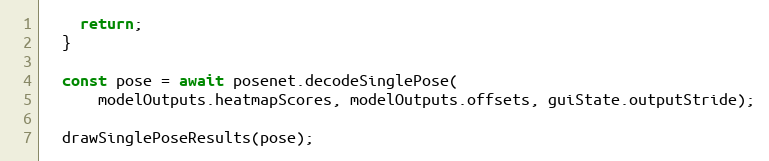
Language: JavaScript
    return;
  }

  const pose = await posenet.decodeSinglePose(
      modelOutputs.heatmapScores, modelOutputs.offsets, guiState.outputStride);

  drawSinglePoseResults(pose);